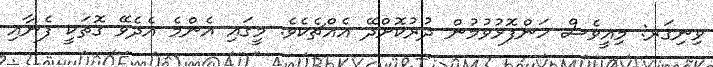
ވިނިގަރ: މިއީވެސް ހަންފޮޅުވުމުން ދުރުކޮށްދޭ އެއްޗެކެވެ. މީގައި އެންމެ އެދެވޭ ގޮތަކީ ފެނާއި